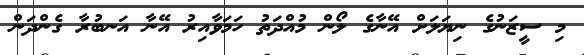
މި ސީޒަނުގެ ނިޔަލަށް އޭނާގެ ލޯން މުއްދަތު ހަމަވާއިރު އޭނާ އަނބުރާ ގެންދަން